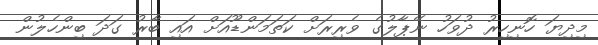
މިދިޔަ ހޮނިހިރު ދުވަހު ނޭޕާލުގެ ވެރިރަށް ކަތަމަންޑޫއަށް އައި ބާރު ގަދަ ބިންހެލުން